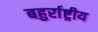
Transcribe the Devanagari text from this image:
बहुर्राष्ट्रीय